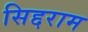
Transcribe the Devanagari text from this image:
सिद्दराम